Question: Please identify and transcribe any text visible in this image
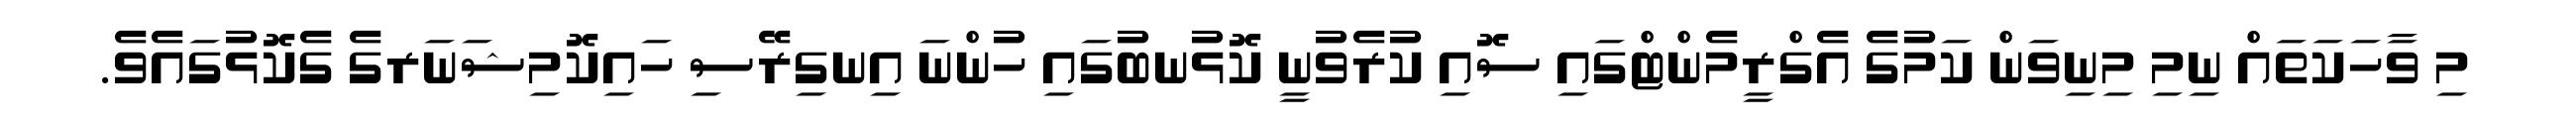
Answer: މި ވާހަކަތައް ނިމި މިނިވަން ކަމުގެ އެގްރީމެންޓްގައި ސޮއި ކުރެވުނީ ކޮޅުނބުގައި ހުންނަ އިނގިރޭސި ހައިކޮމިޝަނަރގެ ގެކޮޅުގައެވެ.